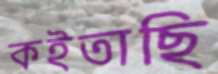
কইতাছি